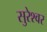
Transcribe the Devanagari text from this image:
सुरेश्‍वर